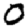
Digit: 0